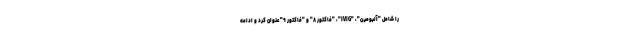
را شامل "آلبومین"، "IVIG"، "فاکتور ۸" و "فاکتور ۹" عنوان کرد و ادامه